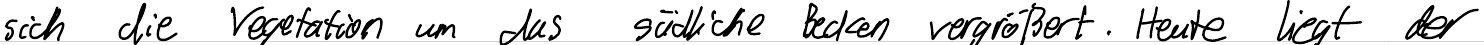
sich die Vegetation um das südliche Becken vergrößert. Heute liegt der